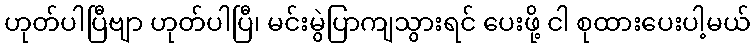
ဟုတ်ပါပြီဗျာ ဟုတ်ပါပြီ၊ မင်းမွဲပြာကျသွားရင် ပေးဖို့ ငါ စုထားပေးပါ့မယ်